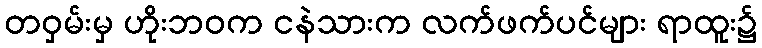
တဝှမ်းမှ ဟိုးဘဝက ငနဲသားက လက်ဖက်ပင်များ ရာထူး၌